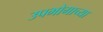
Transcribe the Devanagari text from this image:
उपभोगाच्या